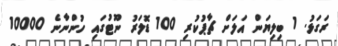
ރަގަޅު. 1 ބިލިޔަން އަލަށް ޗާޕުކުރި 100 ޑޮލަރު ނޫޓުގައި ހުންނާނެ 10000